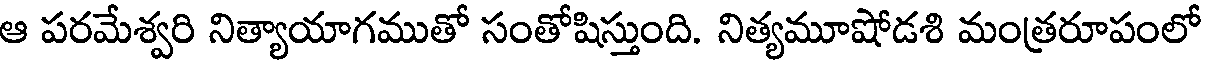
ఆ పరమేశ్వరి నిత్యాయాగముతో సంతోషిస్తుంది. నిత్యమూషోడశి మంత్రరూపంలో